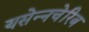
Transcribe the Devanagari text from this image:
यसेन्नचेरिब